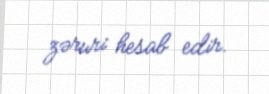
zəruri hesab edir.